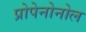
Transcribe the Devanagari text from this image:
प्रोपेनोनोल